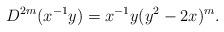
LaTeX: \begin{align*}D^{2m}(x^{-1}y)=x^{-1}y(y^2-2x)^m.\end{align*}